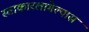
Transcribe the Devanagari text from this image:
स्वाकारलागेल्यास